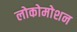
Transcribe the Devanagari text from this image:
लोकोमोशन